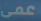
عمى